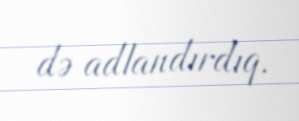
də adlandırdıq.